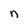
Character: n